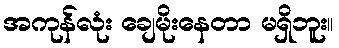
အကုန်လုံး ချေမိုးနေတာ မရှိဘူး။